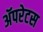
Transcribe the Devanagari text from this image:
अॅपरेटस